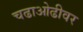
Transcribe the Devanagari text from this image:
चढाओढीवर